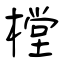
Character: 樘